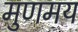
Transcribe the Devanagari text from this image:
मुणमय